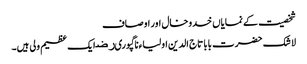
شخصیت کے نمایاں خدوخال اور اوصاف
لا شک حضرت بابا تاج الدین اولیاءناگپوریﺭﺿ ایک عظیم ولی ہیں۔